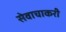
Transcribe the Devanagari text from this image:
सेवाचाकरी